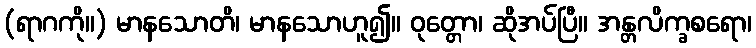
(ရာဂကို။) မာနသောတိ၊ မာနသောဟူ၍။ ဝုတ္တော၊ ဆိုအပ်ပြီ။ အန္တလိက္ခစရော၊